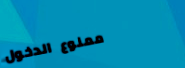
ممنوع الدخول